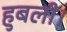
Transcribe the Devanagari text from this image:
हुबली।